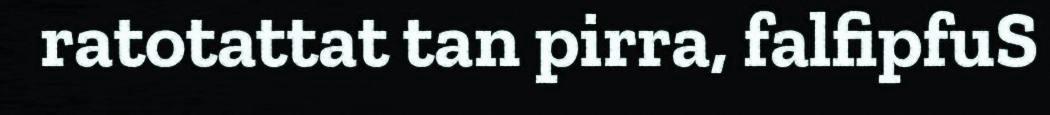
ratotattat tan pirra, falfipfuS